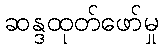
ဆန္ဒထုတ်ဖော်မှု